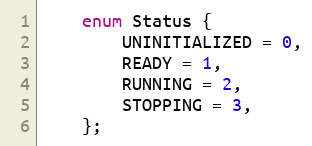
Language: C
    enum Status {
        UNINITIALIZED = 0,
        READY = 1,
        RUNNING = 2,
        STOPPING = 3,
    };